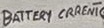
Text: BATTERY CRRENT